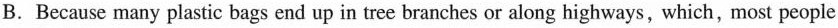
B. Because many plastic bags end up in tree branches or along highways, which, most people